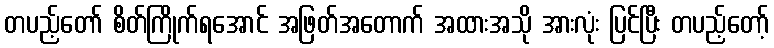
တပည့်တော် စိတ်ကြိုက်ရအောင် အဖြတ်အတောက် အထားအသို အားလုံး ပြင်ပြီး တပည့်တော့်